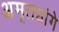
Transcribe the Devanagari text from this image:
अमृतडांगे